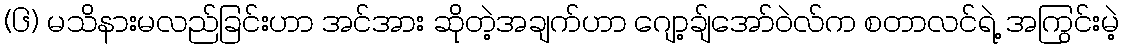
(၆) မသိနားမလည်ခြင်းဟာ အင်အား ဆိုတဲ့အချက်ဟာ ဂျော့ချ်အော်ဝဲလ်က စတာလင်ရဲ့ အကြွင်းမဲ့